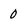
Character: 0